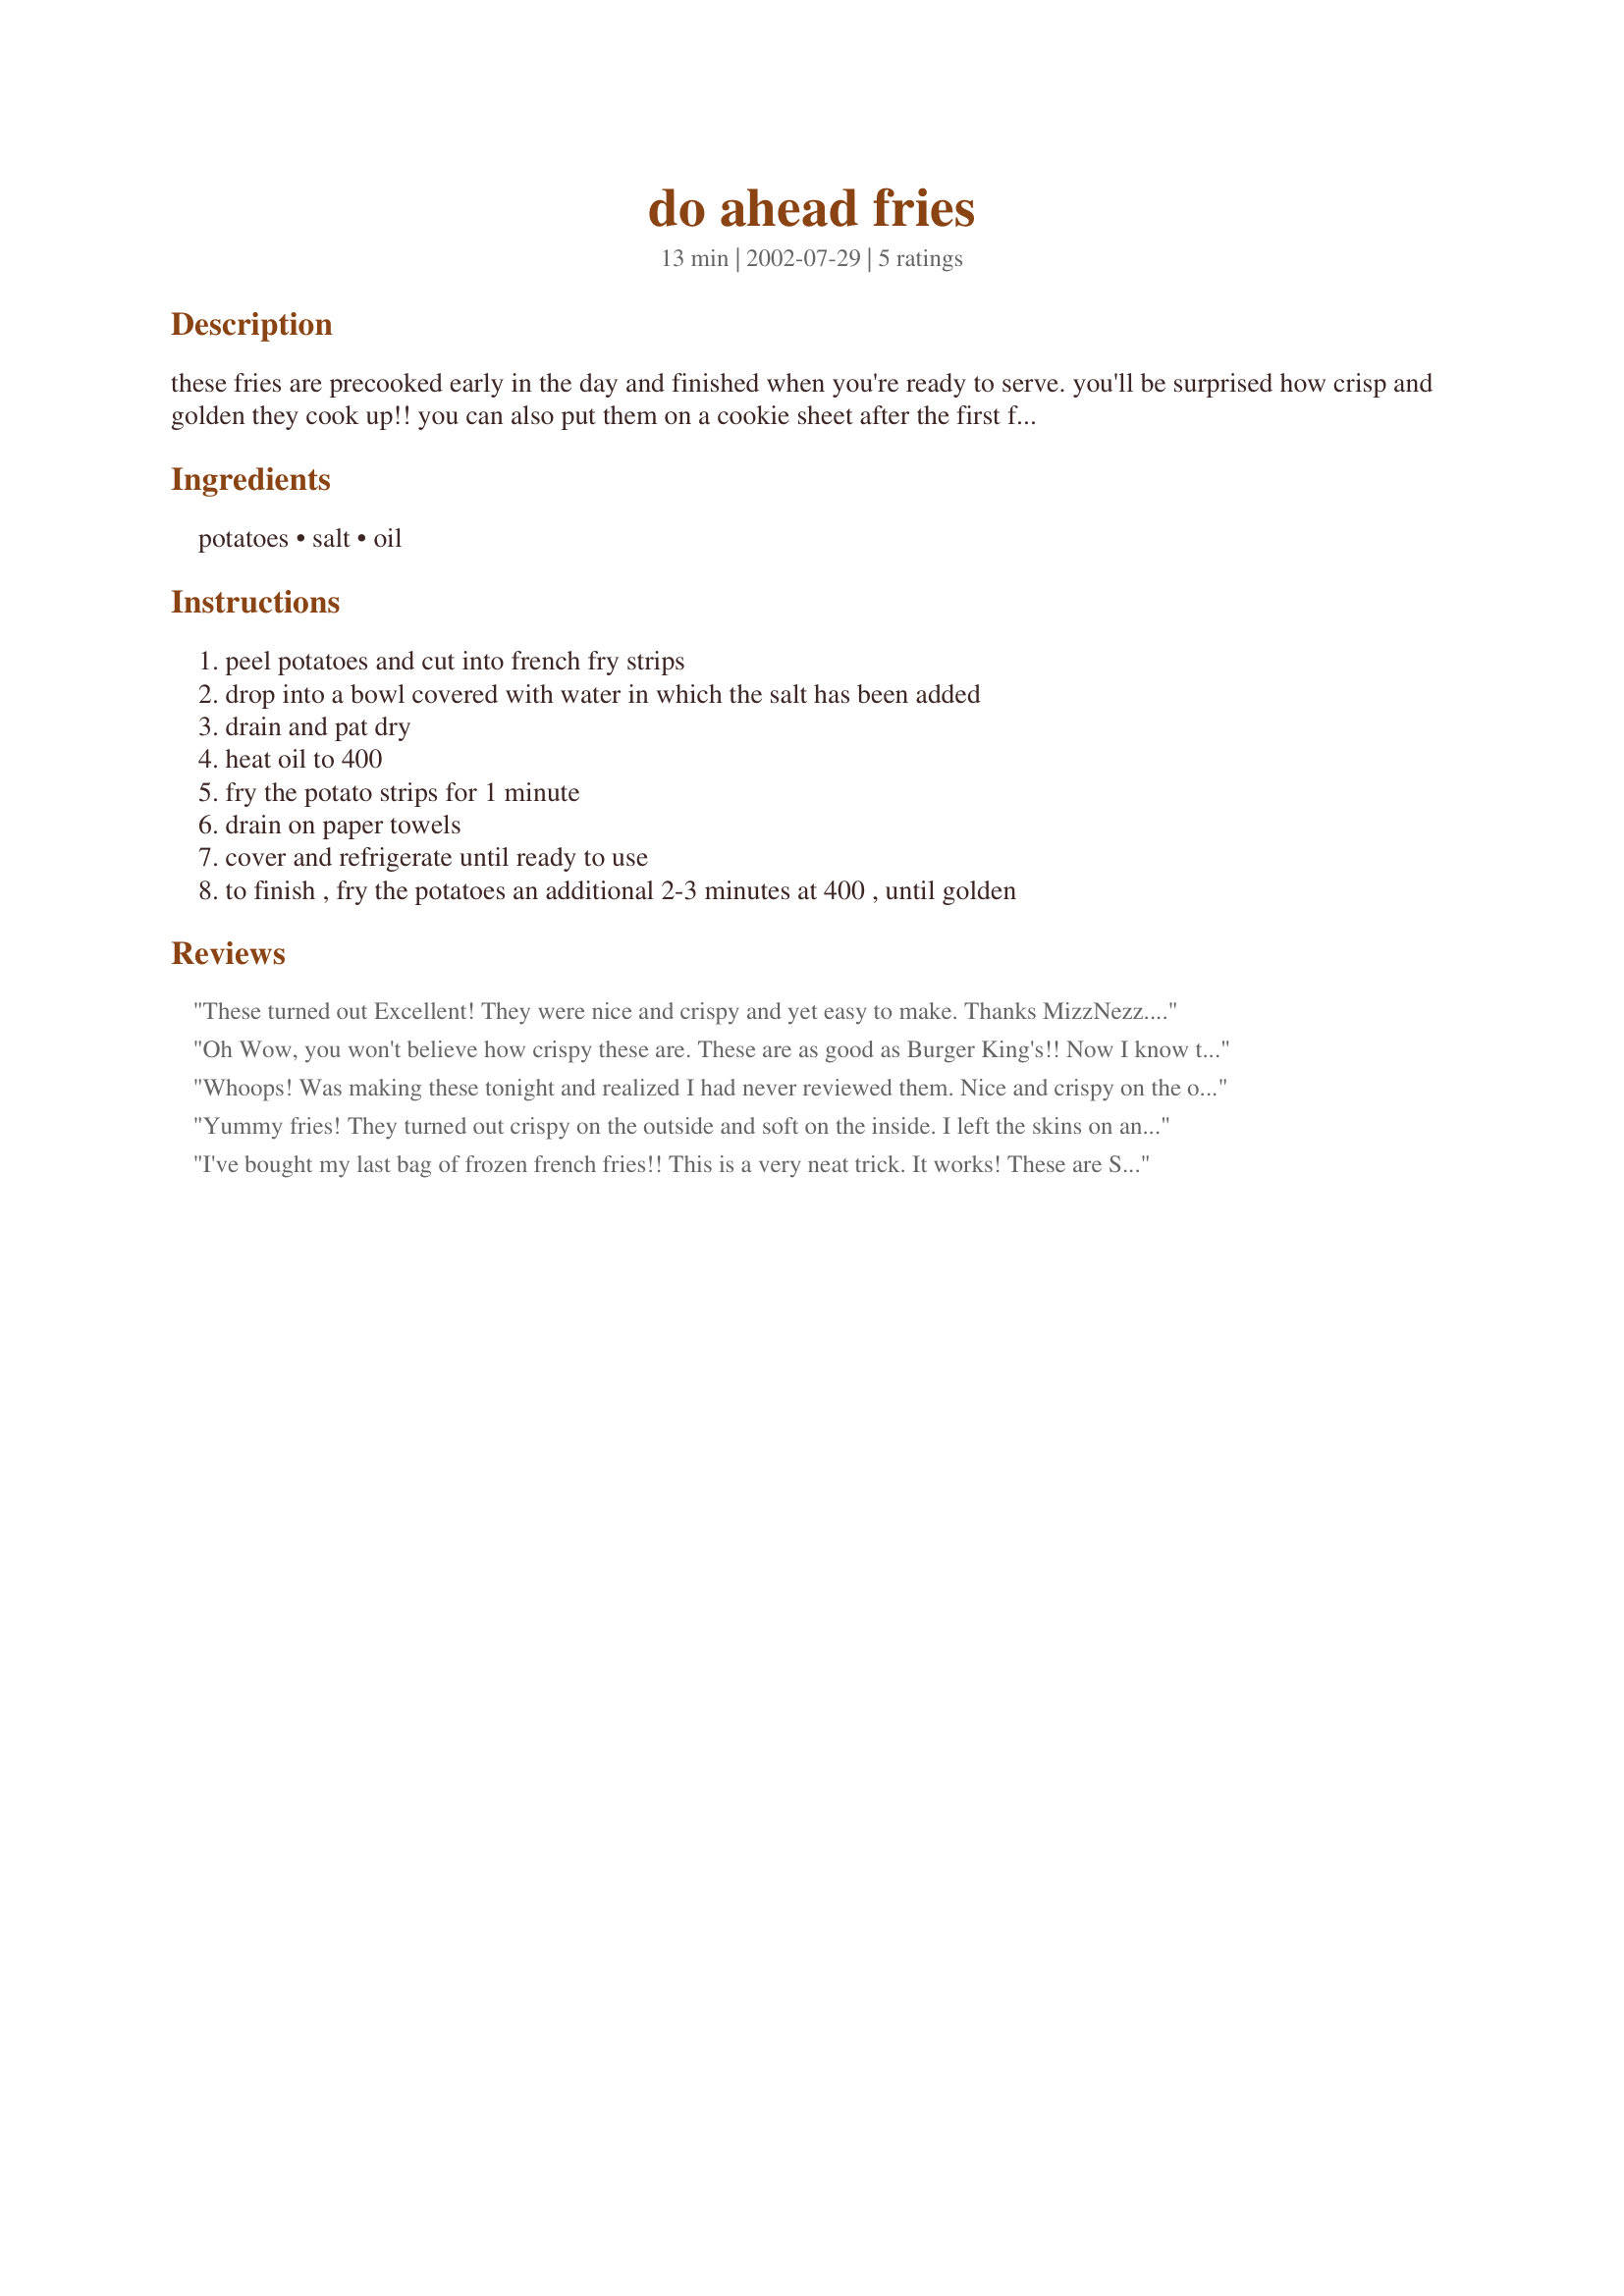
do ahead fries
Preparation time: 13 minutes

these fries are precooked early in the day and finished when you're ready to serve. you'll be surprised how crisp and golden they cook up!! you can also put them on a cookie sheet after the first frying and freeze them to use later.

Ingredients:
potatoes, salt, oil

Steps:
peel potatoes and cut into french fry strips, drop into a bowl covered with water in which the salt has been added, drain and pat dry, heat oil to 400, fry the potato strips for 1 minute, drain on paper towels, cover and refrigerate until ready to use, to finish , fry the potatoes an additional 2-3 minutes at 400 , until golden

Reviews:
These turned out Excellent! They were nice and crispy and yet easy to make. Thanks MizzNezz....

Oh Wow, you won't believe how crispy these are. These are as good as Burger King's!! Now I know the secret to making crispy homemade fries.
Whoops! Was making these tonight and realized I had never reviewed them. Nice and crispy on the outside and tender on the inside. I usually use Yukon Gold potatoes. Thanks for an easy and tasty recipe:-)..Janet.
Yummy fries! They turned out crispy on the outside and soft on the inside. I left the skins on and my whole family enjoyed these. Thanks MizzNezz for sharing. Made for Cookbook Tag.
I've bought my last bag of frozen french fries!! This is a very neat trick. It works! These are SO much better. Very fresh taste! Thanks, Inez!!
